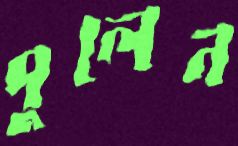
পুলেন